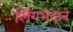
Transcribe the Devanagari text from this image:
लिंगभेदाने